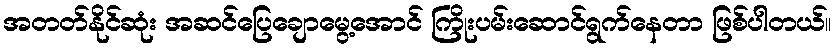
အတတ်နိုင်ဆုံး အဆင်ပြေချောမွေ့အောင် ကြိုးပမ်းဆောင်ရွက်နေတာ ဖြစ်ပါတယ်။